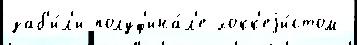
заб'и́л'и полуф'ина́л'е хокк'еjи́стом